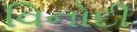
વિનોદી